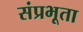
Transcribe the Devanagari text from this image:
संप्रभूता